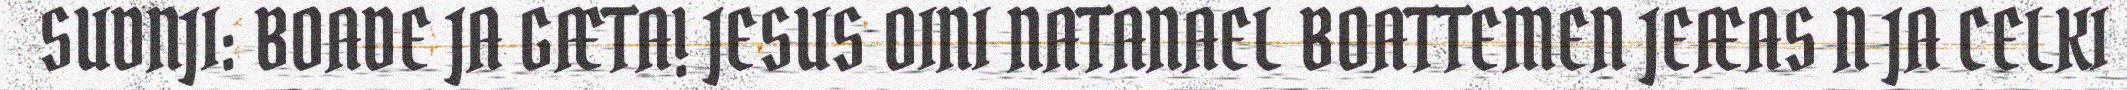
SUDNJI: BOADE JA GÆTA! JESUS OINI NATANAEL BOATTEMEN JEÆAS N JA CELKI